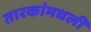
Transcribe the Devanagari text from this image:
तारकांमधली